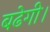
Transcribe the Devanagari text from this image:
बढेगी।